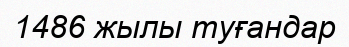
1486 жылы туғандар